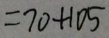
= 7 0 + 1 0 5